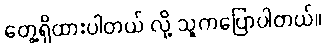
တွေ့ရှိထားပါတယ် လို့ သူကပြောပါတယ်။